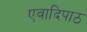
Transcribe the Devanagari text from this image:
एवादिपाठ